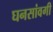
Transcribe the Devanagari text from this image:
घनसांवगी